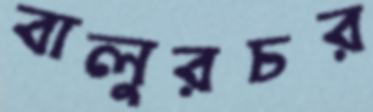
বালুরচর